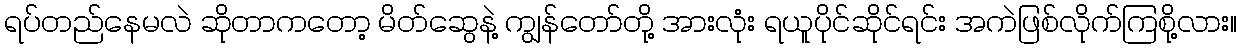
ရပ်တည်နေမလဲ ဆိုတာကတော့ မိတ်ဆွေနဲ့ ကျွန်တော်တို့ အားလုံး ရယူပိုင်ဆိုင်ရင်း အကဲဖြစ်လိုက်ကြစို့လား။